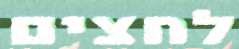
לחצים